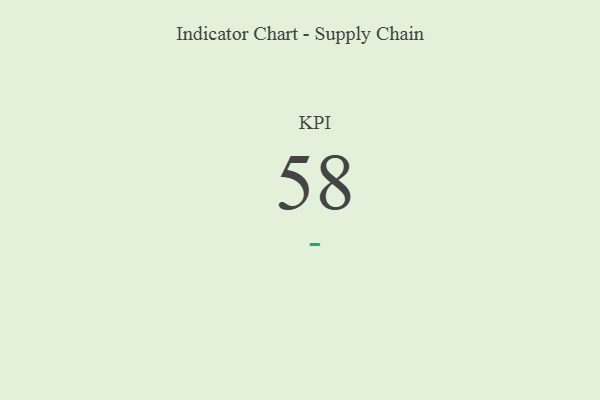
{"axis": {"x": "KPI", "y": "Value"}, "legend": [""], "data": [{"x": "KPI", "y": 58, "type": ""}]}